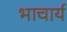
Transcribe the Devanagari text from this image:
भाचार्य